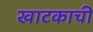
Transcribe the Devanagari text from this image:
खाटकाची